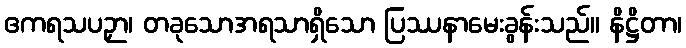
ဧကရသပဉှာ၊ တခုသောအရသာရှိသော ပြဿနာမေးခွန်းသည်။ နိဋ္ဌိတာ၊